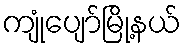
ကျုံပျော်မြို့နယ်